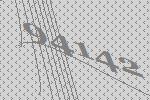
94142